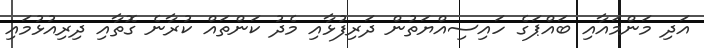
އަދި މަންމައާއި ބައްޕަގެ ހައިސިއްޔަތުން ދަރިފުޅާއި މެދު ކަންތައް ކުރާނެ ގޮތާއި ދިރިއުޅުމައި